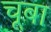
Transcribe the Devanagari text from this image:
चूबा